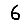
Digit: 6